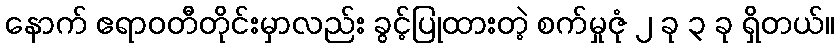
နောက် ဧရာဝတီတိုင်းမှာလည်း ခွင့်ပြုထားတဲ့ စက်မှုဇုံ ၂ ခု ၃ ခု ရှိတယ်။